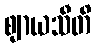
ဈာယသီတိ